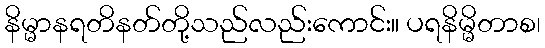
နိမ္မာနရတိနတ်တို့သည်လည်းကောင်း။ ပရနိမ္မိတာစ၊